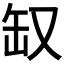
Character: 𰭃